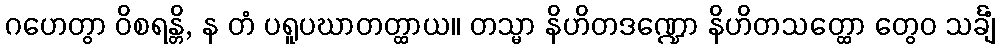
ဂဟေတွာ ဝိစရန္တိ, န တံ ပရူပဃာတတ္ထာယ။ တသ္မာ နိဟိတဒဏ္ဍော နိဟိတသတ္ထော တွေဝ သင်္ချံ